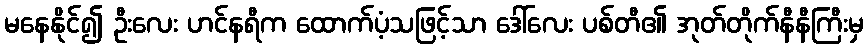
မနေနိုင်၍ ဦးလေး ဟင်နရီက ထောက်ပံ့သဖြင့်သာ ဒေါ်လေး ပစ်တီ၏ အုတ်တိုက်နီနီကြီးမှ